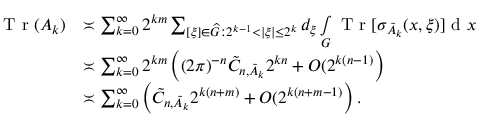
\begin{array} { r l } { \textnormal { T r } ( A _ { k } ) } & { \asymp \sum _ { k = 0 } ^ { \infty } 2 ^ { k m } \sum _ { [ \xi ] \in \widehat { G } : 2 ^ { k - 1 } < | \xi | \leq 2 ^ { k } } d _ { \xi } \smallint _ { G } \textnormal { T r } [ \sigma _ { \tilde { A } _ { k } } ( x , \xi ) ] \textnormal { d } x } \\ & { \asymp \sum _ { k = 0 } ^ { \infty } 2 ^ { k m } \left( ( 2 \pi ) ^ { - n } \tilde { C } _ { n , \tilde { A } _ { k } } 2 ^ { k n } + O ( 2 ^ { k ( n - 1 ) } \right) } \\ & { \asymp \sum _ { k = 0 } ^ { \infty } \left( \tilde { C } _ { n , \tilde { A } _ { k } } 2 ^ { k ( n + m ) } + O ( 2 ^ { k ( n + m - 1 ) } \right) . } \end{array}